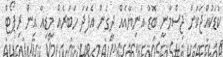
ކުޑަކުއްޖަކަށް ޖިސްމާނީ ބޮޑު އަނިޔާއެއް ދީގެން އެފަދަ ހަބަރެއް މީޑިއާ އިން ރިޕޯޓް